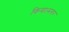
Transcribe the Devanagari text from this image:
किया।मगर